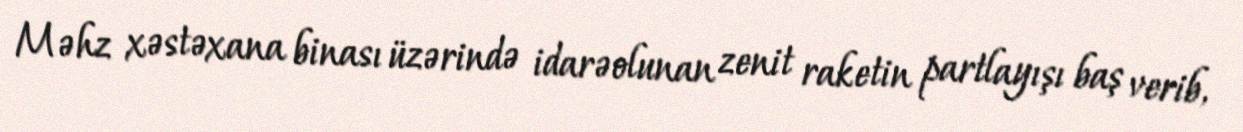
Məhz xəstəxana binası üzərində idarəolunan zenit raketin partlayışı baş verib,